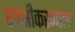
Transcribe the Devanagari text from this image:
एकत्रीकरणाला